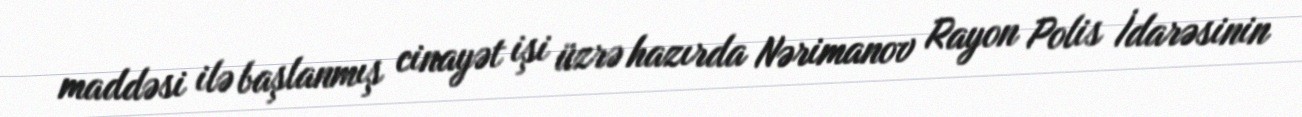
maddəsi ilə başlanmış cinayət işi üzrə hazırda Nərimanov Rayon Polis İdarəsinin